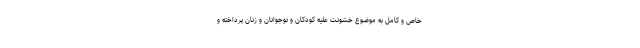
خاص و کامل به موضوع خشونت علیه کودکان و نوجوانان و زنان پرداخته و